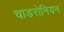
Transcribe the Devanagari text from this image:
चाडरोनियन